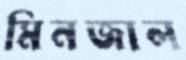
মিনজাল